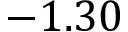
- 1 . 3 0